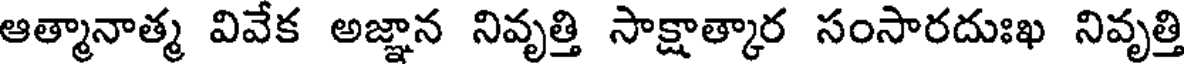
ఆత్మానాత్మ వివేక అజ్ఞాన నివృత్తి సాక్షాత్కార సంసారదుఃఖ నివృత్తి